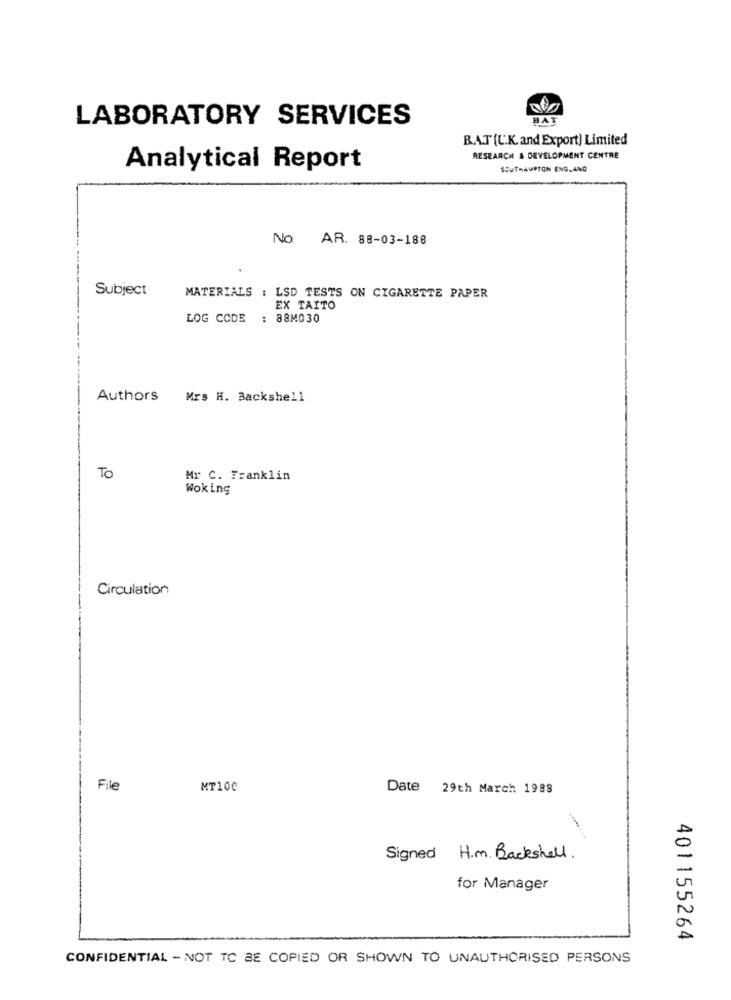
LABORATORY SERVICES
BAT
BAT [L.K. and Export) Limited
RESEARCH & DEVELOPMENT CENTRE
Analytical Report
SSUTHAUPTON ENGANG
NO
AR. 88-03-188
Subject
MATERIALS : LSD TESTS ON CIGARETTE PAPER
EX TAITO
LOG CCDE
: 88M030
Authors
Mrs H. Backshell
TO
Mr C. Franklin
Woking
Circulation
File
MT100
Date 29th March 1988
A
Signed H.m. Backshell.
for Manager
A
401155264
CONFIDENTIAL - NOT TO BE COPIED OR SHOWN TO UNAUTHORISED PERSONS